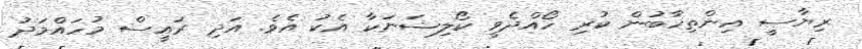
ރިޔާސީ އިންތިހާބުން ކުރި ހޯއްދެވީ ކޯލިޝަނަކާ އެކު އެވެ. އަދި ރައީސް މުހައްމަދު